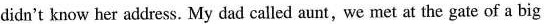
didn't know her address. My dad called aunt, we met at the gate of a big